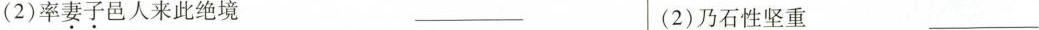
(2)率妻子邑人来此绝境 。___ (2)乃石性坚重___